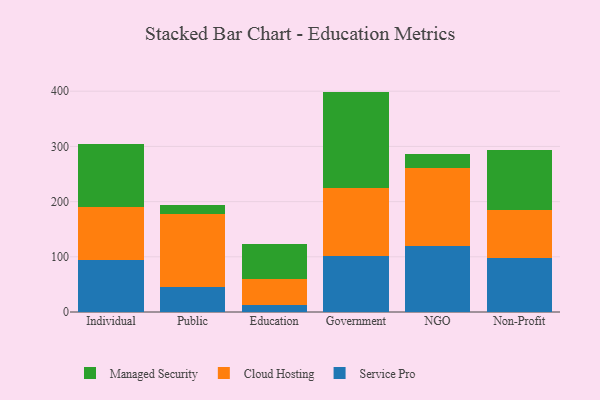
{"axis": {"x": "Segment", "y": "Revenue (USD Million)"}, "legend": ["Cloud Hosting", "Managed Security", "Service Pro"], "data": [{"x": "Individual", "y": 93.5, "type": "Service Pro"}, {"x": "Individual", "y": 97.5, "type": "Cloud Hosting"}, {"x": "Individual", "y": 113.3, "type": "Managed Security"}, {"x": "Public", "y": 44.9, "type": "Service Pro"}, {"x": "Public", "y": 132.6, "type": "Cloud Hosting"}, {"x": "Public", "y": 15.8, "type": "Managed Security"}, {"x": "Education", "y": 12.0, "type": "Service Pro"}, {"x": "Education", "y": 48.3, "type": "Cloud Hosting"}, {"x": "Education", "y": 62.9, "type": "Managed Security"}, {"x": "Government", "y": 102.0, "type": "Service Pro"}, {"x": "Government", "y": 123.1, "type": "Cloud Hosting"}, {"x": "Government", "y": 174.2, "type": "Managed Security"}, {"x": "NGO", "y": 120.4, "type": "Service Pro"}, {"x": "NGO", "y": 140.3, "type": "Cloud Hosting"}, {"x": "NGO", "y": 24.9, "type": "Managed Security"}, {"x": "Non-Profit", "y": 98.1, "type": "Service Pro"}, {"x": "Non-Profit", "y": 87.1, "type": "Cloud Hosting"}, {"x": "Non-Profit", "y": 107.4, "type": "Managed Security"}]}